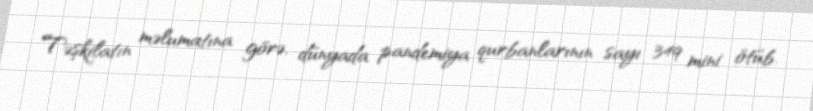
Təşkilatın məlumatına görə, dünyada pandemiya qurbanlarının sayı 349 mini ötüb.